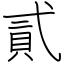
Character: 貳